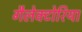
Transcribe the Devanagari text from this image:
गैलेक्टोरिया